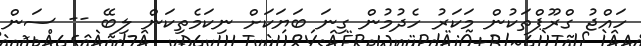
ހައްޖު ގްރޫޕްތަކުން މަކަރު ހެދުމުން ގިނަ ބަޔަކަށް ނިކަމެތިކަން ލިބޭ -- ސަން